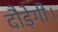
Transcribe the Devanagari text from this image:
दौड़ेगी।